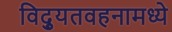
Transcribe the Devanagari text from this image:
विद्युतवहनामध्ये